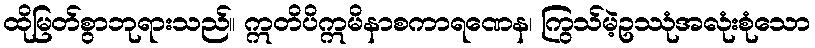
ထိုမြတ်စွာဘုရားသည်။ ဣတိပိဣမိနာစကာရဏေန၊ ကြွသ်မဲ့ဥဿုံအလုံးစုံသော